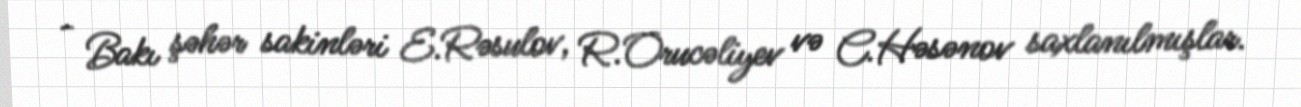
- Bakı şəhər sakinləri E.Rəsulov, R.Orucəliyev və C.Həsənov saxlanılmışlar.